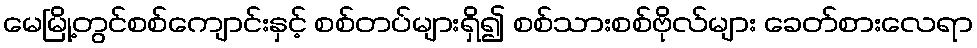
မေမြို့တွင်စစ်ကျောင်းနှင့် စစ်တပ်များရှိ၍ စစ်သားစစ်ဗိုလ်များ ခေတ်စားလေရာ